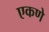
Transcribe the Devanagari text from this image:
एकणे